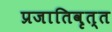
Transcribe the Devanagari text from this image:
प्रजातिवृत्त